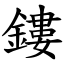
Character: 鏤